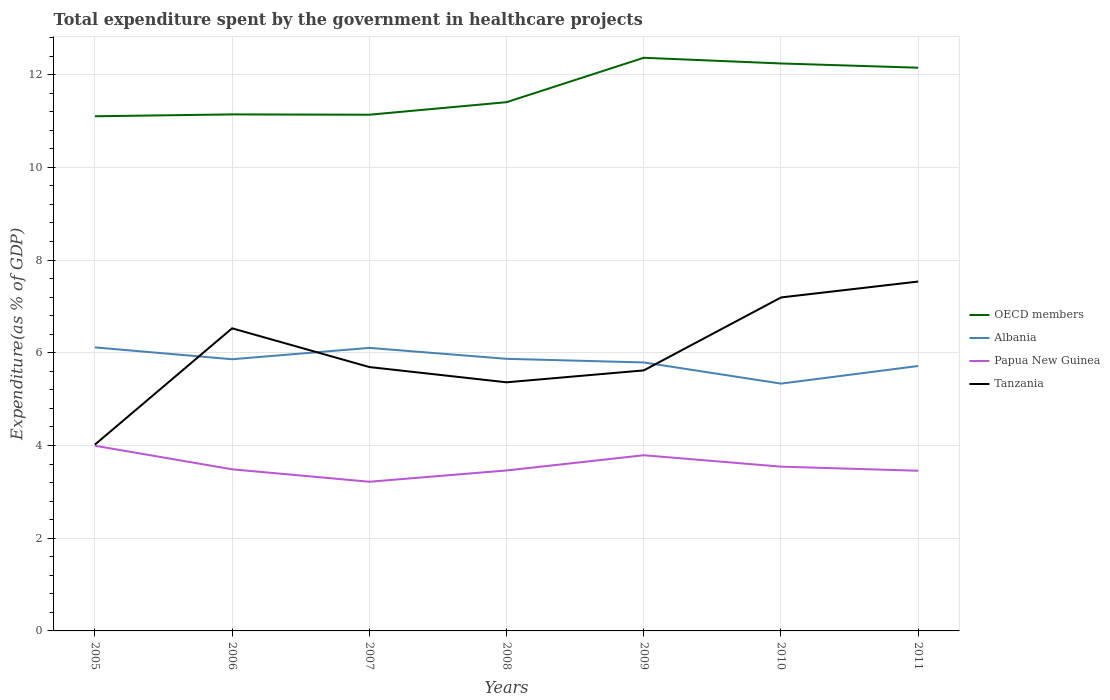
| Years | OECD members | Albania | Papua New Guinea | Tanzania |
 | --- | --- | --- | --- | --- |
 | 2005 | 11.1 | 6.12 | 3.99 | 4.02 |
 | 2006 | 11.1 | 5.86 | 3.49 | 6.53 |
 | 2007 | 11.1 | 6.11 | 3.22 | 5.69 |
 | 2008 | 11.4 | 5.87 | 3.46 | 5.36 |
 | 2009 | 12.4 | 5.79 | 3.79 | 5.62 |
 | 2010 | 12.2 | 5.34 | 3.54 | 7.19 |
 | 2011 | 12.1 | 5.71 | 3.46 | 7.54 |